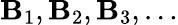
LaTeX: \mathbf{B}_{1},\mathbf{B}_{2},\mathbf{B}_{3},\ldots